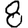
Digit: 8